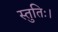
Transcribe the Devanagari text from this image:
स्तुतिः।